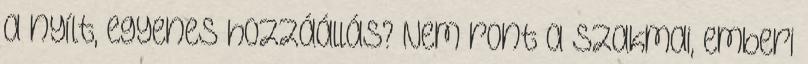
a nyílt, egyenes hozzáállás? Nem ront a szakmai, emberi